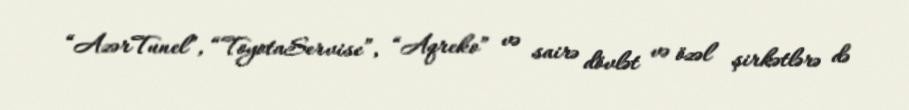
“AzərTunel”, “ToyotaServise”, “Aqreko” və sairə dövlət və özəl şirkətlərə də